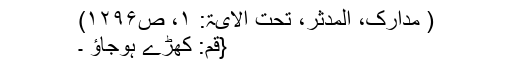
( مدارک، المدثر، تحت الآیۃ: ۱، ص۱۲۹۶)
{قُمْ: کھڑے ہوجاؤ ۔